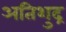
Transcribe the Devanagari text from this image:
अतिशुद्र